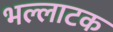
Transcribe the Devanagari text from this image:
भल्लाटक